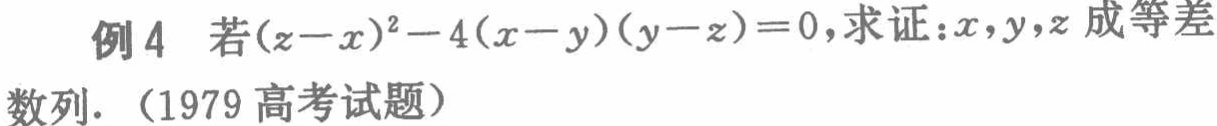
例4 若\((z - x)^2 - 4(x - y)(y - z) = 0\)，求证：\(x,y,z\)成等差数列. （1979高考试题）